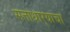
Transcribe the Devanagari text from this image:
सत्ताधार्‍याचा